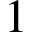
1